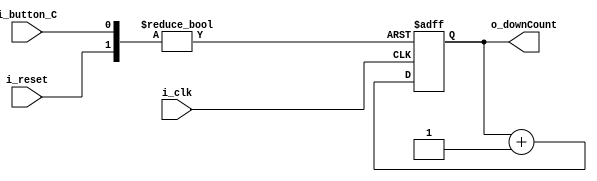
module Counter_1s(
    input i_clk,
    input i_reset,
    input i_button_C,
    output [31:0] o_downCount
    );

    reg [31:0] r_downCount = 0;
    assign o_downCount = r_downCount;

    always @(posedge i_clk or posedge i_reset or posedge i_button_C) begin
        if(i_reset) r_downCount <= 0;
        else if (i_button_C)    r_downCount <= 0;
        else        r_downCount <= r_downCount + 1;
    end

endmodule